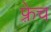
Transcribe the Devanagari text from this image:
फ़्रेच